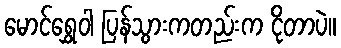
မောင်ရွှေဝါ ပြန်သွားကတည်းက ငိုတာပဲ။